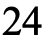
24